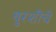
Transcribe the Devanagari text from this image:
बुरशींचे